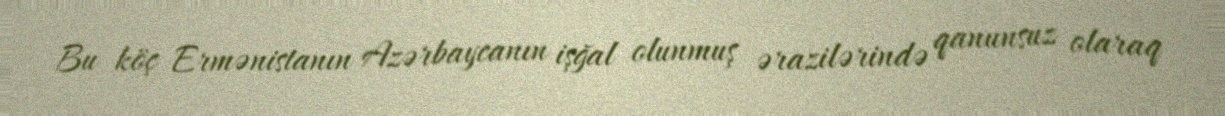
Bu köç Ermənistanın Azərbaycanın işğal olunmuş ərazilərində qanunsuz olaraq